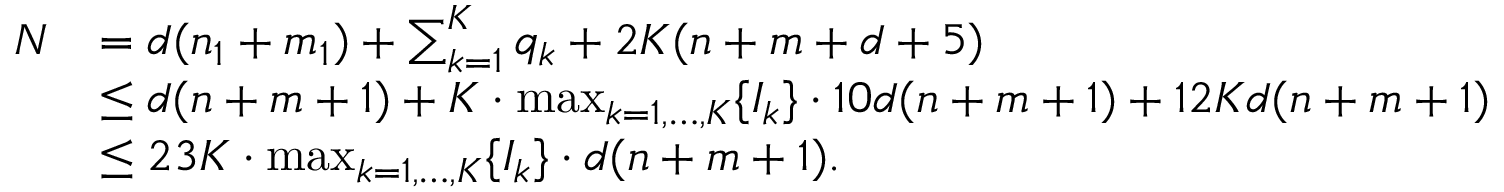
\begin{array} { r l } { N } & { = d ( n _ { 1 } + m _ { 1 } ) + \sum _ { k = 1 } ^ { K } q _ { k } + 2 K ( n + m + d + 5 ) } \\ & { \leq d ( n + m + 1 ) + K \cdot \operatorname* { m a x } _ { k = 1 , \ldots , K } \{ I _ { k } \} \cdot 1 0 d ( n + m + 1 ) + 1 2 K d ( n + m + 1 ) } \\ & { \leq 2 3 K \cdot \operatorname* { m a x } _ { k = 1 , \ldots , K } \{ I _ { k } \} \cdot d ( n + m + 1 ) . } \end{array}